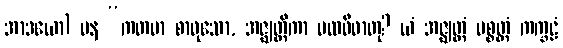
အာဒယော) ပန “ကတမာ စာဝုသော, အဇ္ဈတ္တိကာ ပထဝီဓာတု? ယံ အဇ္ဈတ္တံ ပစ္စတ္တံ ကက္ခဠံ